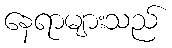
နေရာများသည်